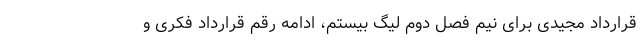
قرارداد مجیدی برای نیم فصل دوم لیگ بیستم، ادامه رقم قرارداد فکری و